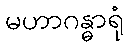
မဟာဂန္ဓာရုံ